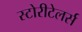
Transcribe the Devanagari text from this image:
स्टोरीटेलर्स